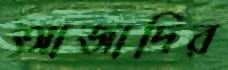
আজাদির